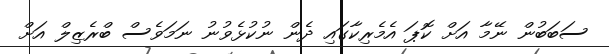
ސަބަބުން ނޭމާ އަށް ކޮޕަ އެމެރިކާގައި ދެން ނުކުޅެވުނު ނަމަވެސް ބްރެޒިލް އަށް